Lunatic asylums in Bengal annual reports 1888-1898 - 1888-1898
Year: 1888
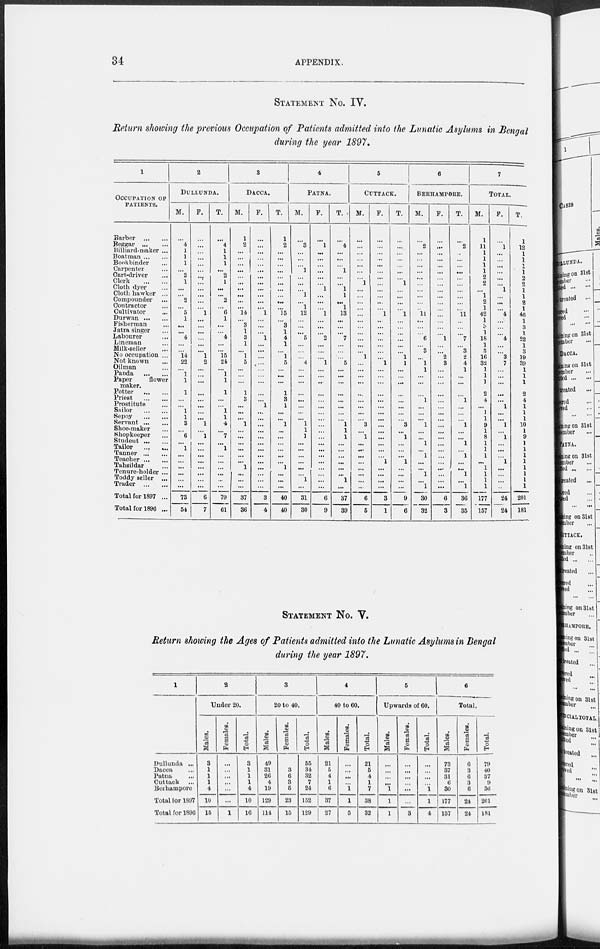
34
APPENDIX.
STATEMENT No. IV.
Return showing the previous Occupation of Patients admitted into the Lunatic Asylums in Bengal
during the year 1897.
1
OCCUPATION OF
PATIENTS.
Barber
...
...
Beggar
...
...
Billiard-maker ...
Boatman ... ...
Bookbinder ...
Carpenter ...
Cart-driver ...
Clerk
...
...
Cloth dyer ...
Cloth hawker ...
Compounder ...
Contractor ...
Cultivator ...
Durwan ... ...
Fisherman ...
Jatra singer ...
Labourer ...
Lineman ...
Milk-seller ...
No occupation ...
Not known ...
Oilman ...
Panda
...
...
Paper
flower
maker.
Potter
...
...
Priest
...
...
Prostitute ...
Sailor
...
...
Sepoy ... ...
Servant ... ...
Shoe-maker ...
Shopkeeper ...
Student ... ...
Tailor
...
...
Tanner ... ...
Teacher ... ...
Tahsildar ...
Tenure-holder ...
Toddy seller ...
Trader
...
...
Total for 1897 ...
Total for 1896 ...
2
DULLUNDA.
M.
...
4
1
1
1
...
2
1
...
...
2
...
5
1
...
...
4
...
...
14
22
...
1
1
1
...
...
1
1
3
...
6
...
1
...
...
...
...
...
...
73
54
F.
...
...
...
...
...
...
...
...
...
...
...
...
1
...
...
...
...
...
...
1
2
...
...
...
...
...
...
...
...
1
...
1
...
...
...
...
...
...
...
...
6
7
T.
...
4
1
1
1
...
2
1
...
...
2
...
6
1
...
...
4
...
...
15
24
...
1
1
1
...
...
1
1
4
...
7
...
1
...
...
...
...
...
...
79
61
3
DACCA.
M.
1
2
...
...
...
...
...
...
...
...
...
...
14
...
3
1
3
1
...
1
5
...
...
...
1
3
...
...
...
1
...
...
...
...
...
...
1
...
...
...
37
36
F.
...
...
...
...
...
...
...
...
...
...
...
...
1
...
...
...
1
...
...
...
...
...
...
...
...
...
1
...
...
...
...
...
...
...
...
...
...
...
...
...
3
4
T.
1
2
...
...
...
...
...
...
...
...
...
...
15
...
3
1
4
1
...
1
5
...
...
...
1
3
1
...
...
1
...
...
...
...
...
...
1
...
...
...
40
40
4
PATNA.
M.
...
3
...
...
...
1
...
...
...
1
...
1
12
...
...
...
5
...
...
...
4
...
...
...
...
...
...
...
...
1
1
1
...
...
...
...
...
...
1
...
31
30
F.
...
1
...
...
...
...
...
...
1
...
...
...
1
...
...
...
2
...
...
...
1
...
...
...
...
...
...
...
...
...
...
...
...
...
...
...
...
...
...
...
6
9
T.
...
4
...
...
...
1
...
...
1
1
...
1
13
...
...
...
7
...
...
...
5
...
...
...
...
...
...
...
...
1
1
1
...
...
...
...
...
...
1
...
37
39
5
CUTTACK.
M.
...
...
...
...
...
...
...
1
...
...
...
...
...
...
...
...
...
...
...
1
...
...
...
...
...
...
...
...
...
3
...
1
...
...
...
...
...
...
...
...
6
5
F.
...
...
...
...
...
...
...
...
...
...
...
...
1
...
...
...
...
...
...
...
1
...
...
...
...
...
...
...
...
...
...
...
...
...
...
1
...
...
...
...
3
1
T.
...
...
...
...
...
...
...
1
...
...
...
...
1
...
...
...
...
...
...
1
1
...
...
...
...
...
...
...
...
3
...
1
...
...
...
1
...
...
...
...
9
6
6
BERHAMPORE.
M.
...
2
...
...
...
...
...
...
...
...
...
...
11
...
...
...
6
...
3
...
1
1
...
...
...
1
...
...
...
1
...
...
1
...
1
...
...
1
...
1
30
32
F.
...
...
...
...
...
...
...
...
...
...
...
...
...
...
...
...
1
...
...
2
3
...
...
...
...
...
...
...
...
...
...
...
...
...
...
...
...
...
...
...
6
3
T.
...
2
...
...
...
...
...
...
...
...
...
...
11
...
...
...
7
...
3
2
4
1
...
...
...
1
...
...
...
1
...
...
1
...
1
...
...
1
...
1
36
35
7
TOTAL.
M.
1
11
1
1
1
1
2
2
...
1
2
1
42
1
3
1
18
1
3
16
32
1
1
1
2
4
...
1
1
9
1
8
1
1
1
...
1
1
1
1
177
157
F.
...
1
...
...
...
...
...
...
1
...
...
...
4
...
...
...
4
...
...
3
7
...
...
...
...
...
1
...
..
1
...
1
...
...
...
1
...
...
...
...
24
24
T.
1
12
1
1
1
1
2
2
1
1
2 1
46
1
3
1
22
1
3
19
39
1
1
1
2
4
1
1
1
10
1
9
1
1
1
1
1
1
1
1
201
181
STATEMENT No. V.
Return showing the Ages of Patients admitted into the Lunatic Asylums in Bengal
during the year 1897.
1
Dullunda ...
Dacca ...
Patna ...
Cuttack ...
Berhampore
Total tor 1897
Total for 1896
2
Under 20.
Males.
3
1
1
1
4
10
15
Females.
...
...
...
...
...
...
1
Total.
3
1
1
1
4
10
1 6
3
20 to 40.
Males.
49
31
26
4
19
129
114
Females.
3
6
3
5
23
15
Total.
55
34
32
7
24
152
129
4
40 to 60.
Males.
21
5
4
1
6
37
27
Females.
...
...
...
...
1
1
5
Total.
21
5
4
1
7
38
32
5
Upwards of 60.
Males.
...
...
...
...
1
1
1
Females.
...
...
...
...
...
...
3
Total.
...
...
...
...
1
1
4
6
Total.
Males.
73
37
31
6
30
177
157
Females.
6
3
6
3
6
24
24
Total.
79
40
37
9
36
201
181